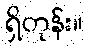
ရှိတုန်း။